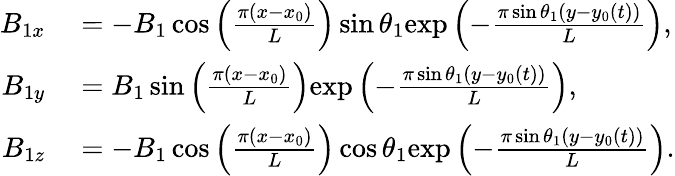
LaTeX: \begin{array}{rl}{B_{1x}}&{{}=-B_{1}\cos\left(\frac{\pi(x-x_{0})}{L}\right)\sin\theta_{1}\mathrm{exp}\left(-\frac{\pi\sin\theta_{1}(y-y_{0}(t))}{L}\right),}\\ {B_{1y}}&{{}=B_{1}\sin\left(\frac{\pi(x-x_{0})}{L}\right)\mathrm{exp}\left(-\frac{\pi\sin\theta_{1}(y-y_{0}(t))}{L}\right),}\\ {B_{1z}}&{{}=-B_{1}\cos\left(\frac{\pi(x-x_{0})}{L}\right)\cos\theta_{1}\mathrm{exp}\left(-\frac{\pi\sin\theta_{1}(y-y_{0}(t))}{L}\right).}\end{array}